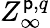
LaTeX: Z_{\infty}^{\mathsf{p},q}